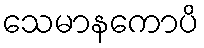
သေမာနကောပိ